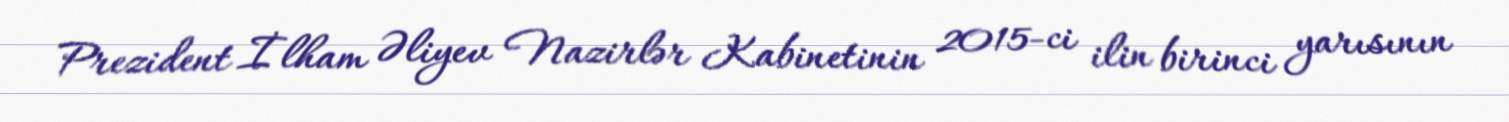
Prezident İlham Əliyev Nazirlər Kabinetinin 2015-ci ilin birinci yarısının